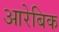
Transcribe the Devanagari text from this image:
आरेबिक